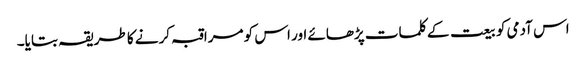
اس آدمی کو بیعت کے کلمات پڑھائے اور اس کو مراقبہ کرنے کا طریقہ بتایا۔